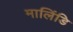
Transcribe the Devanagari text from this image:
मालिंडि